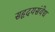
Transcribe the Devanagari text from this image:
सहृदयसंवेद्य